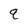
Character: q